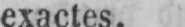
exactes.